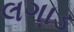
લગાડ